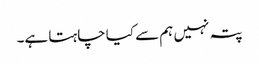
پتہ نہیں ہم سے کیا چاہتا ہے۔